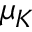
\mu _ { K }